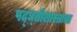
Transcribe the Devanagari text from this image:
पद्ध्तीशास्त्राचा